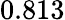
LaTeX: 0.813